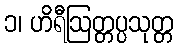
၁၊ ဟိရီဩတ္တပ္ပသုတ္တ